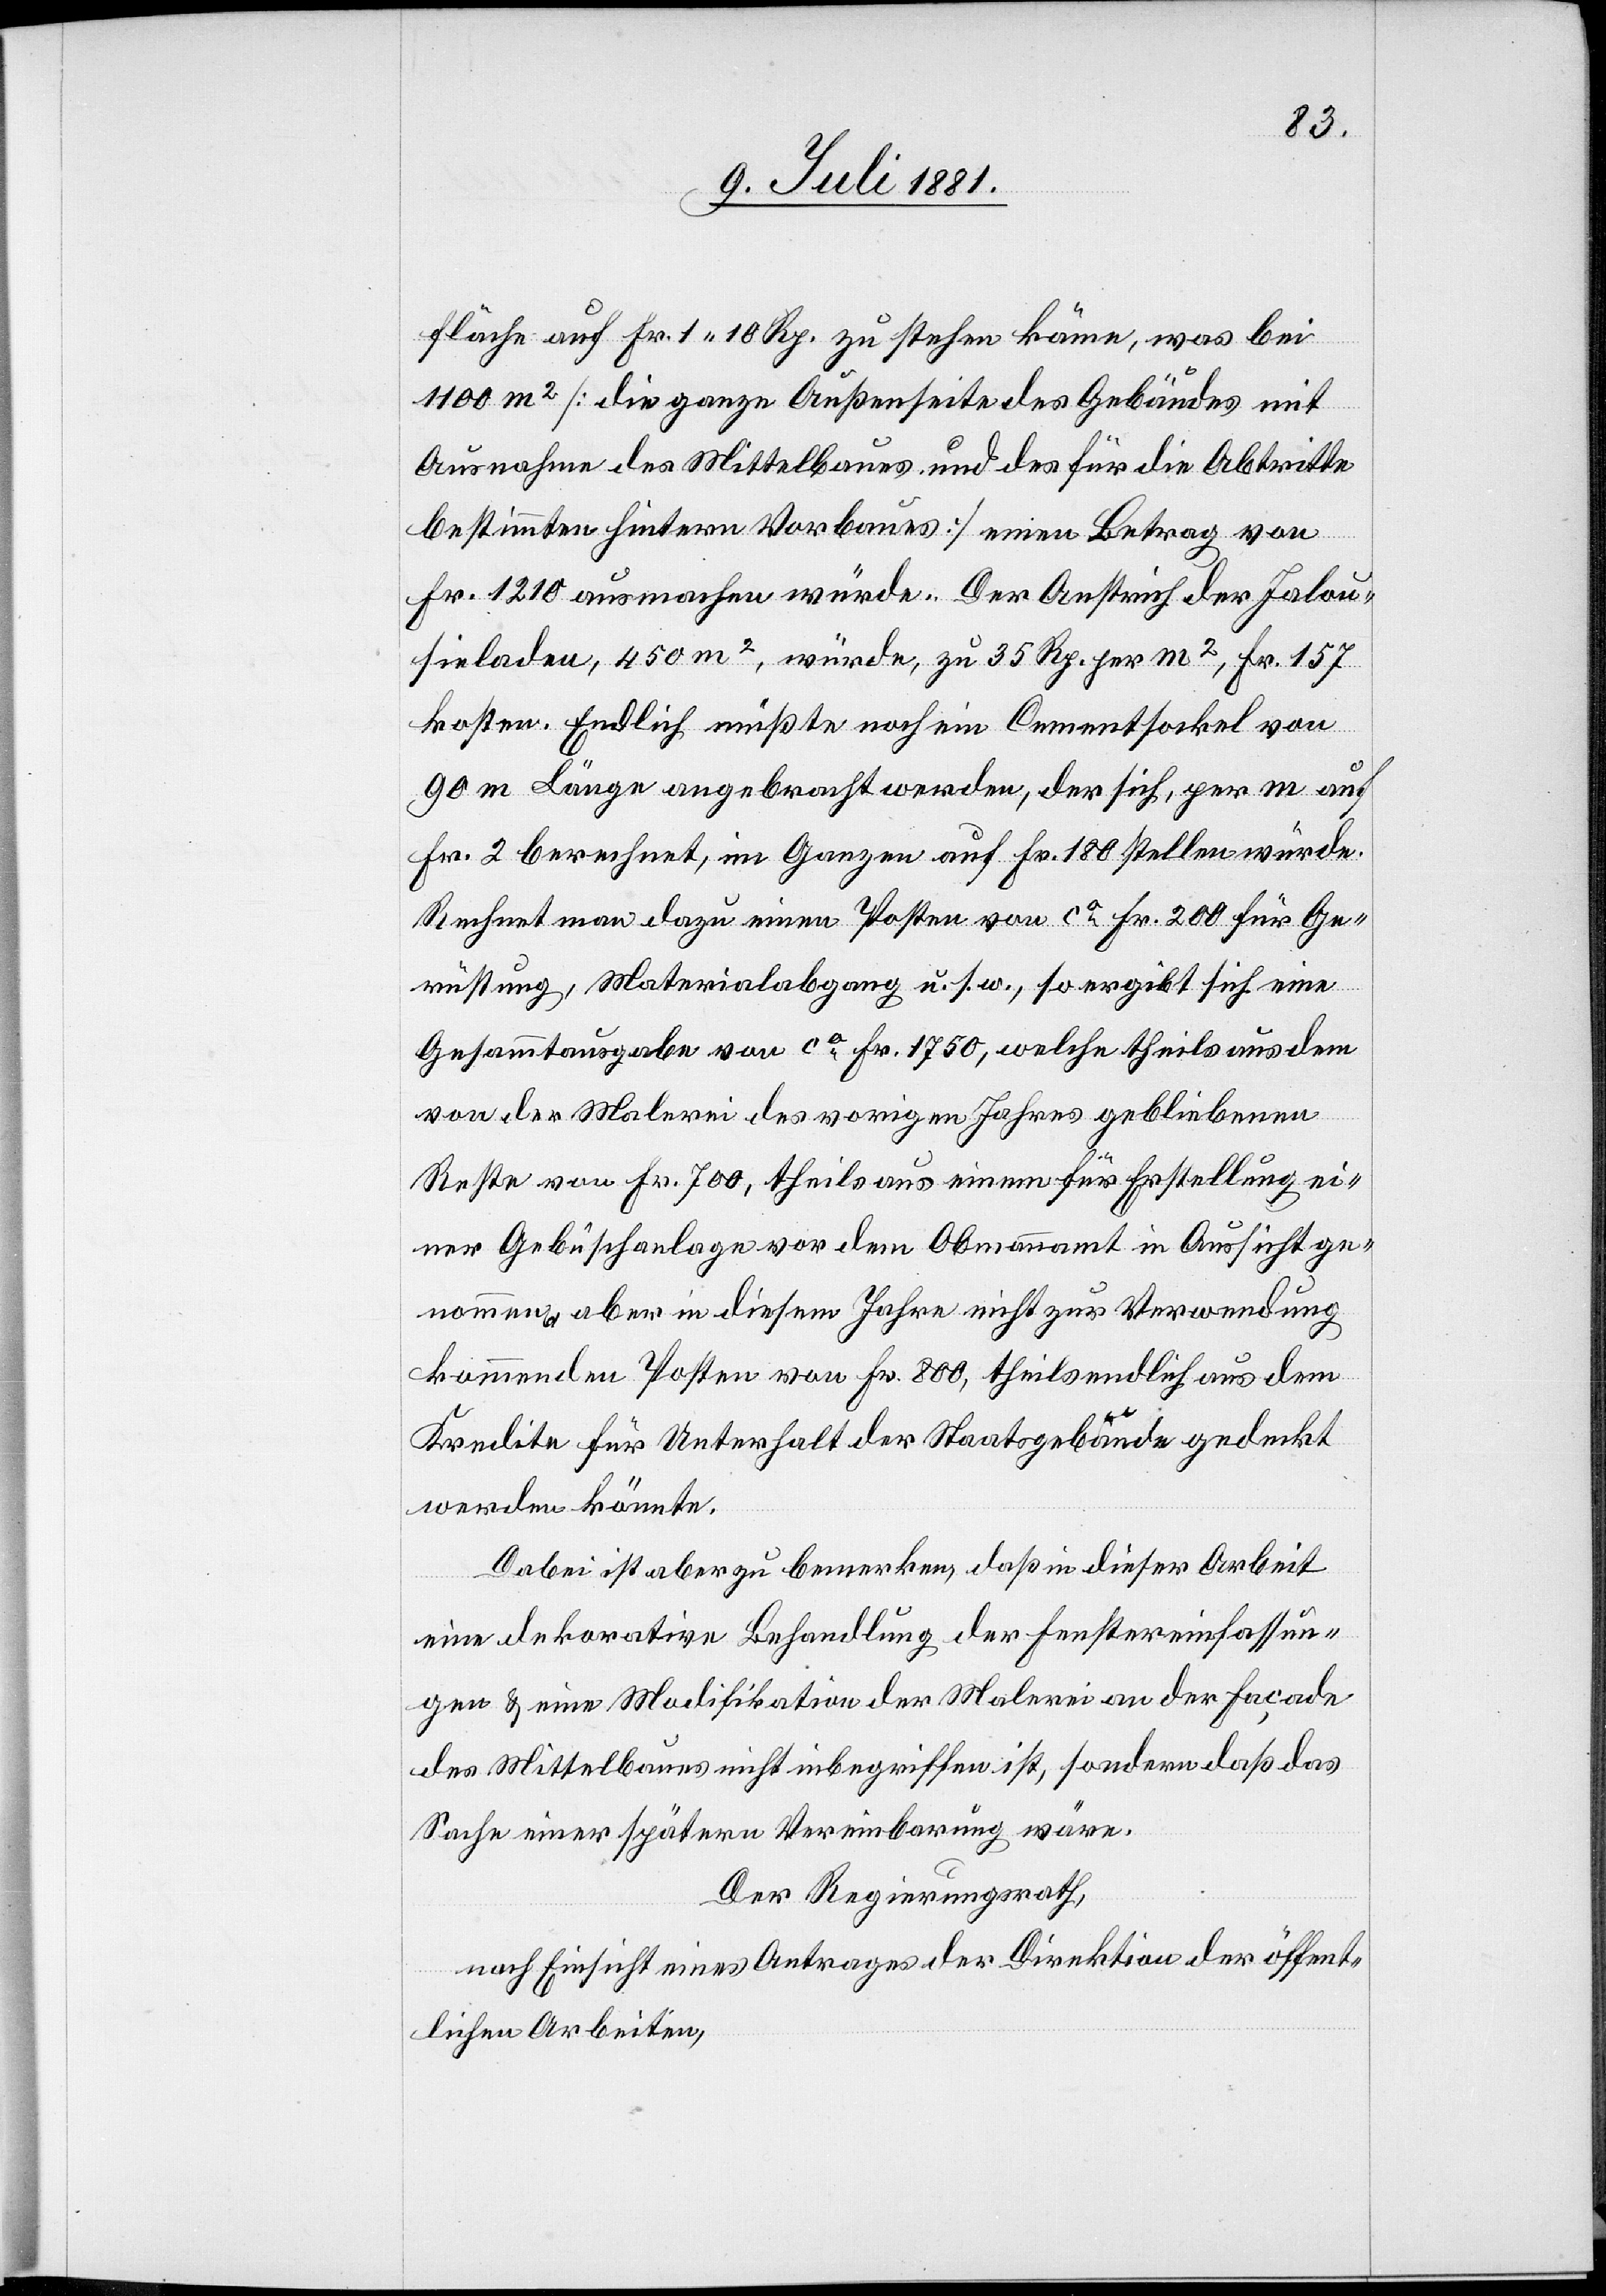
fläche auf Fr. 1. 10 Rp. zu stehen käme, was bei
1100 m2 [die ganze Außenseite des Gebäudes mit
Ausnahme des Mittelbaues und des für die Abtritte
bestimmten hintern Vorbaues] einen Betrag von
Fr. 1210 ausmachen würde. Der Anstirch des Jalou¬
sieladen, 450 m2, würde, zu 35 Rp. per m2, Fr. 157
kosten. Endlich müßte noch ein Cementsockel von
90 m Länge angebracht werden, der sich, per m auf
Fr. 2 berechnet, im Ganzen auf Fr. 180 stellen würde.
Rechnet man dazu einen Posten von ca Fr. 200 für Ge¬
rüstung, Materialabgang u. s. w., so ergibt sich eine
Gesammtausgabe von ca Fr. 1750, welche theils aus dem
von der Malerei des vorigen Jahres gebliebenen
Reste von Fr. 700, theils aus einem für Erstellung ei¬
ner Gebüschanlage vor dem Obmannamt in Aussicht ge¬
nommen [sic!], aber in diesem Jahre nicht zur Verwendung
kommenden Posten von Fr. 800, theils endlich aus dem
Kredite für Unterhalt der Staatsgebäude gedeckt
werden könnte.
Dabei ist aber zu bemerken, daß in dieser Arbeit
eine dekorative Behandlung der Fenstereinfassun¬
gen & eine Modifikation der Malerei an der Façade
des Mittelbaues nicht inbegriffen ist, sondern daß das
Sache einer spätern Vereinbarung wäre.
Der Regierungsrath,
nach Einsicht eines Antrages der Direktion der öffent¬
lichen Arbeiten,